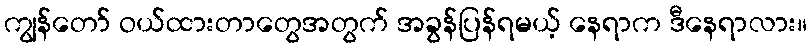
ကျွန်တော် ဝယ်ထားတာတွေအတွက် အခွန်ပြန်ရမယ့် နေရာက ဒီနေရာလား။